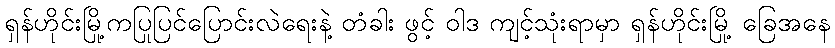
ရှန်ဟိုင်းမြို့ကပြုပြင်ပြောင်းလဲရေးနဲ့ တံခါး ဖွင့် ဝါဒ ကျင့်သုံးရာမှာ ရှန်ဟိုင်းမြို့ ခြေအနေ